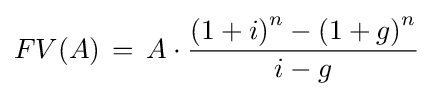
FV(A)\,=\,A\cdot {\frac {\left(1+i\right)^{n}-\left(1+g\right)^{n}}{i-g}}